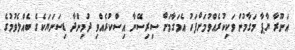
އަނޫރާ ޔާޕާ މަގާމުން ވަކިކުރެއްވުމަށްފަހު އެމަގާމަށް ސިރިސޭނާ އިސްކުރެއްވި ދުމިންދާ ޑިސަނަޔަކެގެ ބެއްލެވުމުގެ